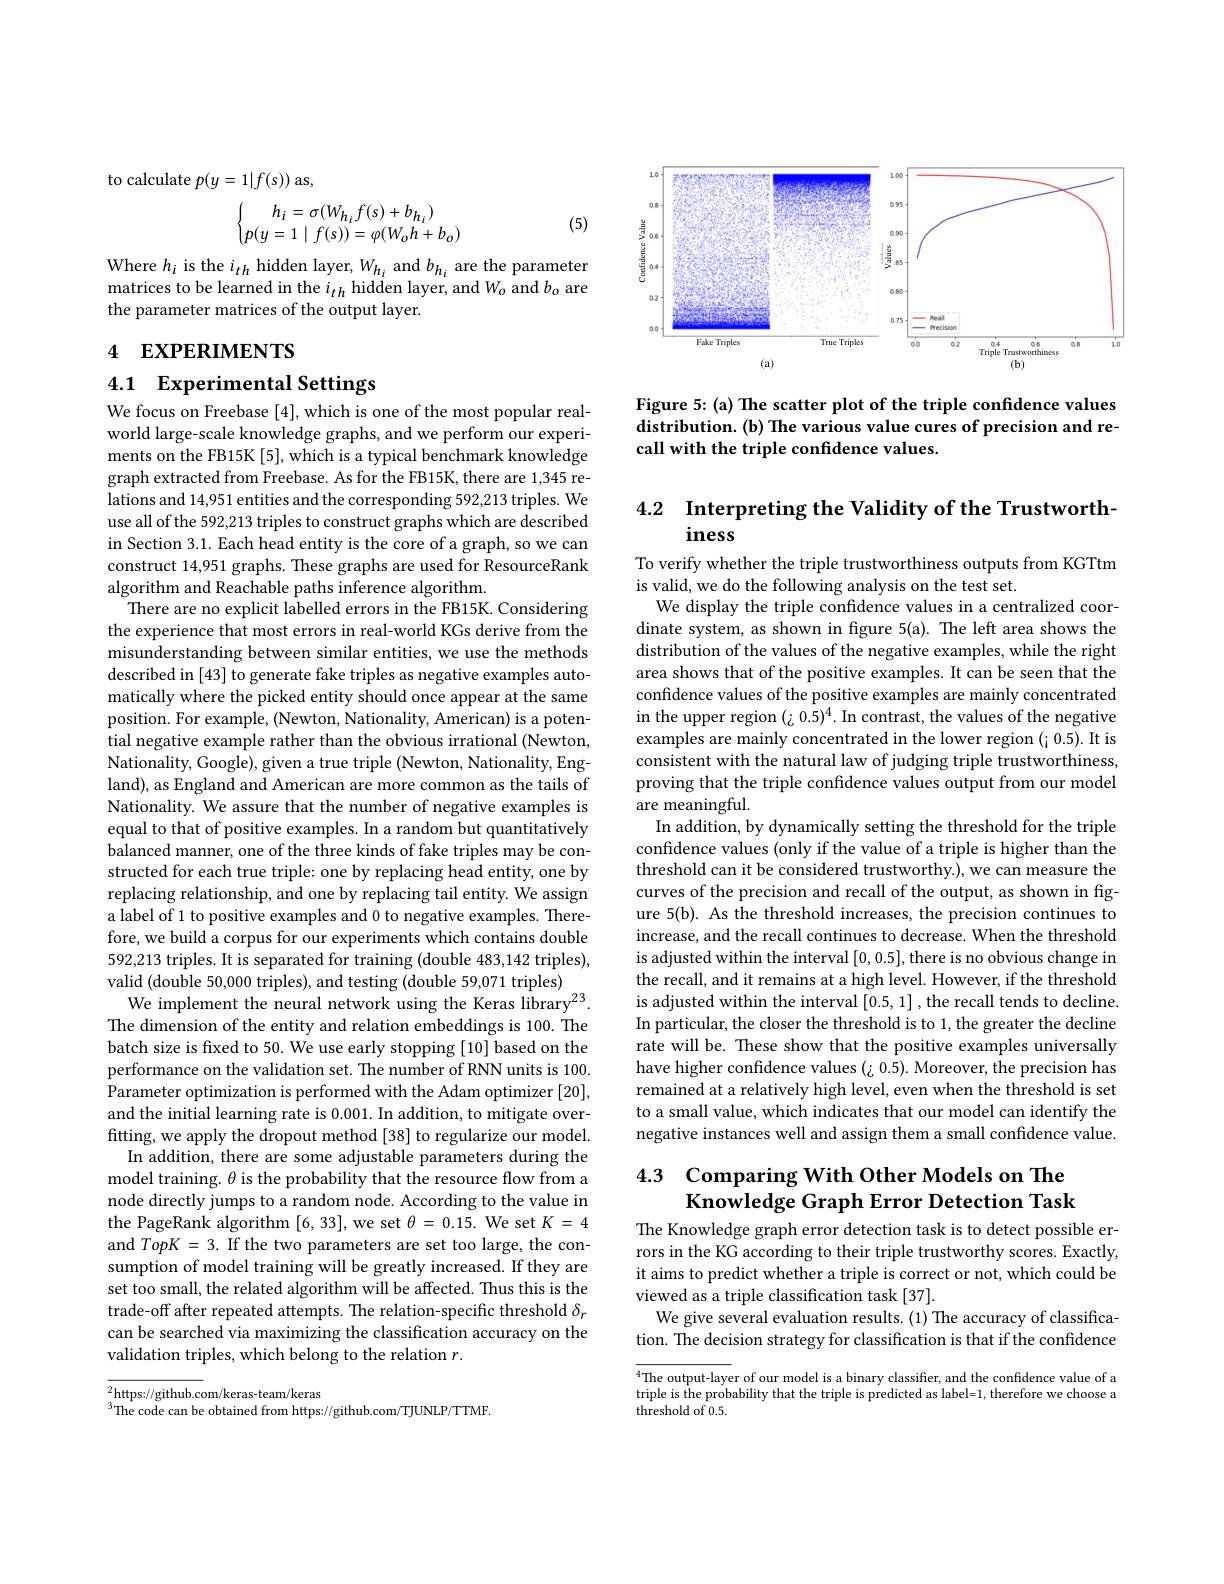
to calculate $p(y=1|f(s))$ as,
$$\left\{\begin{matrix}h_i=\sigma(W_{h_i}f(s)+b_{h_i})\\p(y=1\mid f(s))=\varphi(W_oh+b_o)\end{matrix}\right.$$
(5)

Where $h_{i}$ is the $i_{th}$ hidden layer, $W_{h_{i}}$ and $b_{h_{i}}$ are the parameter matrices to be learned in the $i_{th}$ hidden layer, and $W_o$ and $b_o$ are the parameter matrices of the output layer.

# 4 EXPERIMENTS

4.1 Experimental Settings

We focus on Freebase [4], which is one of the most popular realworld large-scale knowledge graphs, and we perform our experiments on the FB15K [5], which is a typical benchmark knowledge graph extracted from Freebase. As for the FB15K, there are 1,345 relations and 14,951 entities and the corresponding 592,213 triples. We use all of the 592,213 triples to construct graphs which are described in Section 3.1. Each head entity is the core of a graph, so we can construct 14,951 graphs. These graphs are used for ResourceRank algorithm and Reachable paths inference algorithm.
There are no explicit labelled errors in the FB15K. Considering the experience that most errors in real-world KGs derive from the misunderstanding between similar entities, we use the methods described in [43] to generate fake triples as negative examples automatically where the picked entity should once appear at the same position. For example, (Newton, Nationality, American) is a potential negative example rather than the obvious irrational (Newton, Nationality, Google), given a true triple (Newton, Nationality, England), as England and American are more common as the tails of Nationality. We assure that the number of negative examples is equal to that of positive examples. In a random but quantitatively balanced manner, one of the three kinds of fake triples may be constructed for each true triple: one by replacing head entity, one by replacing relationship, and one by replacing tail entity. We assign a label of 1 to positive examples and 0 to negative examples. Therefore, we build a corpus for our experiments which contains double 592,213 triples. It is separated for training (double 483,142 triples), valid (double 50,000 triples), and testing (double 59,071 triples)
We implement the neural network using the Keras library$^{23}.$ The dimension of the entity and relation embeddings is 100. The batch size is fixed to 50. We use early stopping [10] based on the performance on the validation set. The number of RNN units is 100. Parameter optimization is performed with the Adam optimizer [20], and the initial learning rate is 0.001. In addition, to mitigate overfitting, we apply the dropout method [38] to regularize our model.
In addition, there are some adjustable parameters during the model training. $\theta$ is the probability that the resource flow from a node directly jumps to a random node. According to the value in the PageRank algorithm [6,33],we set $\theta=0.15.$ We set $K=4$ and $TopK=3.$ If the two parameters are set too large, the consumption of model training will be greatly increased. If they are set too small, the related algorithm will be affected. Thus this is the trade-off after repeated attempts. The relation-specific threshold $\delta_r$ can be searched via maximizing the classification accuracy on the validation triples, which belong to the relation $r.$

$^2$https://github.com/keras-team/keras
$^{3}$The code can be obtained from https://github.com/TJUNLP/TTMF.

<FigureHere>

Figure 5: (a) The scatter plot of the triple confidence values distribution. (b) The various value cures of precision and recall with the triple confidence values.

## 4.2 Interpreting the Validity of the Trustworthiness

To verify whether the triple trustworthiness outputs from KGTtm
is valid, we do the following analysis on the test set.
We display the triple confidence values in a centralized coordinate system, as shown in fgure 5(a). The left area shows the distribution of the values of the negative examples, while the right area shows that of the positive examples. It can be seen that the confidence values of the positive examples are mainly concentrated in the upper region $(¿0.5)^4.$ In contrast, the values of the negative examples are mainly concentrated in the lower region (¡ 0.5). It is consistent with the natural law of judging triple trustworthiness, proving that the triple confidence values output from our model are meaningful.
In addition, by dynamically setting the threshold for the triple confidence values (only if the value of a triple is higher than the threshold can it be considered trustworthy.), we can measure the curves of the precision and recall of the output, as shown in figure 5(b). As the threshold increases, the precision continues to increase, and the recall continues to decrease. When the threshold is adjusted within the interval [0,0.5], there is no obvious change in the recall, and it remains at a high level. However, if the threshold is adjusted within the interval [0.5,1] , the recall tends to decline. In particular, the closer the threshold is to 1, the greater the decline rate will be. These show that the positive examples universally have higher confidence values (¿0.5). Moreover, the precision has remained at a relatively high level, even when the threshold is set to a small value, which indicates that our model can identify the negative instances well and assign them a small confidence value.

# 4.3 Comparing With Other Models on The Knowledge Graph Error Detection Task

The Knowledge graph error detection task is to detect possible errors in the KG according to their triple trustworthy scores. Exactly, it aims to predict whether a triple is correct or not, which could be viewed as a triple classification task [37].
We give several evaluation results. (1) The accuracy of classification. The decision strategy for classification is that if the confidence

$^4$The output-layer of our model is a binary classifier, and the confidence value of a triple is the probability that the triple is predicted as label=1, therefore we choose a threshold of 0.5.